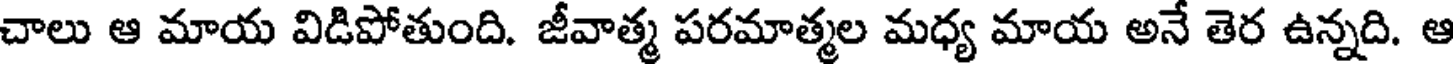
చాలు ఆ మాయ విడిపోతుంది. జీవాత్మ పరమాత్మల మధ్య మాయ అనే తెర ఉన్నది. ఆ